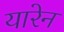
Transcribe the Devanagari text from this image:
यारेन